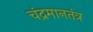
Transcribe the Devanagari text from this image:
चंद्रमानतंत्र